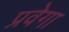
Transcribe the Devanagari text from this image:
प्रवेगा